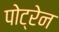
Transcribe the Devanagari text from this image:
पोट्रेन